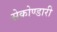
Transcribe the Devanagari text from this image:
सेकोण्डारी